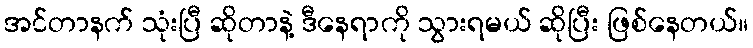
အင်တာနက် သုံးပြီ ဆိုတာနဲ့ ဒီနေရာကို သွားရမယ် ဆိုပြီး ဖြစ်နေတယ်။